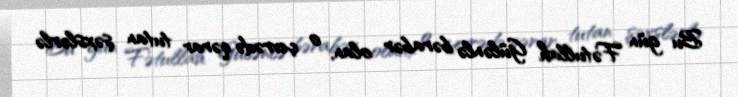
Bu gün Fətullah Gülənlə bərabər olan, o çevrədə qərar tutan şəxslərlə